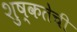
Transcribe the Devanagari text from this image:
शुष्कतेची